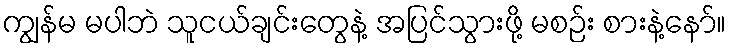
ကျွန်မ မပါဘဲ သူငယ်ချင်းတွေနဲ့ အပြင်သွားဖို့ မစဉ်း စားနဲ့နော်။